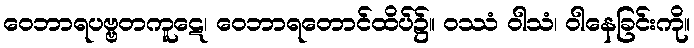
ဝေဘာရပဗ္ဗတကူဋေ၊ ဝေဘာရတောင်ထိပ်၌။ ဝဿံ ဝါသံ၊ ဝါနေခြင်းကို။